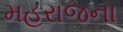
મહરાજના